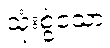
သုံးစွဲသော